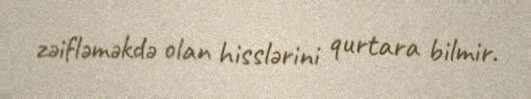
zəifləməkdə olan hisslərini qurtara bilmir.